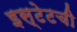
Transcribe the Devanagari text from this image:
इस्टेटची